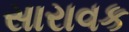
સારાવક